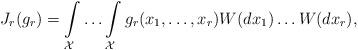
LaTeX: \begin{align*}J_{r}(g_{r}) = \int\limits_{{\cal{X}}}\ldots\int\limits_{{\cal{X}}} g_{r} (x_1, \ldots, x_r) W(dx_1)\ldots W(dx_r), \end{align*}